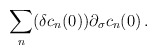
\begin{align*}\sum\limits_n (\delta c_n(0)) \partial_\sigma c_n (0)\,.\end{align*}